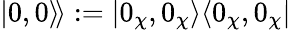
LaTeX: |0,0\rangle\! \rangle:=|0_{\chi},0_{\chi}\rangle\langle 0_{\chi},0_{\chi}|